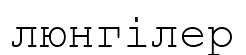
люнгілер